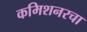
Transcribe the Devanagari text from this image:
कमिशनरचा